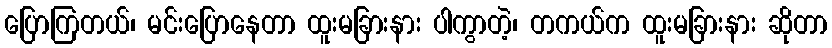
ပြောကြတယ်၊ မင်းပြောနေတာ ထူးမခြားနား ပါကွာတဲ့၊ တကယ်က ထူးမခြားနား ဆိုတာ